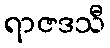
ရာဇဒသီ